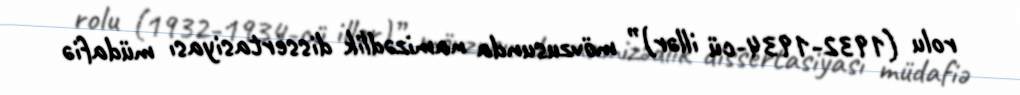
rolu (1932-1934-cü illər)” mövzusunda namizədlik dissertasiyası müdafiə